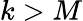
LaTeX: k>M